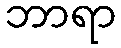
ဘာရာ